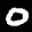
Label: 0